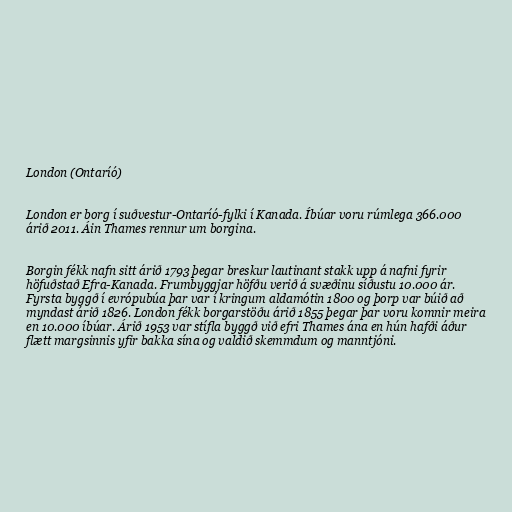
London (Ontaríó)

London er borg í suðvestur-Ontaríó-fylki í Kanada. Íbúar voru rúmlega 366.000
árið 2011. Áin Thames rennur um borgina.

Borgin fékk nafn sitt árið 1793 þegar breskur lautinant stakk upp á nafni fyrir
höfuðstað Efra-Kanada. Frumbyggjar höfðu verið á svæðinu síðustu 10.000 ár.
Fyrsta byggð í evrópubúa þar var í kringum aldamótin 1800 og þorp var búið að
myndast árið 1826. London fékk borgarstöðu árið 1855 þegar þar voru komnir meira
en 10.000 íbúar. Árið 1953 var stífla byggð við efri Thames ána en hún hafði áður
flætt margsinnis yfir bakka sína og valdið skemmdum og manntjóni.